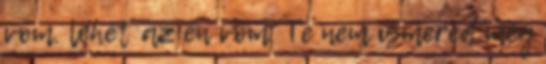
vőm. lehet az én vőm. Te nem ismered még